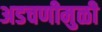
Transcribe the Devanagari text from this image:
अडचणीमुळी